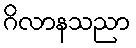
ဂိလာနသညာ